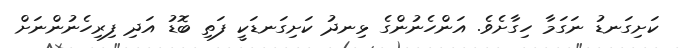
ކަށިގަނޑު ނަގަމާ ހިގާށެވެ. އަންހެނުންގެ ޅިނދު ކަށިގަނޑަކީ ފަތި ބޮޑު އަދި ފިރިހެނުންނަށް